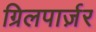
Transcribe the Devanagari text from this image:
ग्रिलपार्ज़र